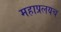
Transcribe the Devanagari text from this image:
महाप्रलयच